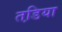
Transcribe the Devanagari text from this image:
तडि़या